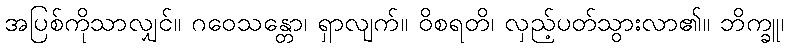
အပြစ်ကိုသာလျှင်။ ဂဝေသန္တော၊ ရှာလျက်။ ဝိစရတိ၊ လှည့်ပတ်သွားလာ၏။ ဘိက္ခူ၊